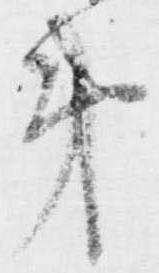
第